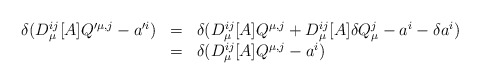
\begin{align*}\begin{array}{rll}\delta (D_{\mu}^{ij}[A]Q'^{\mu,j}-a'^i)&=&\delta (D_{\mu}^{ij}[A]Q^{\mu,j}+D_{\mu}^{ij}[A]\delta Q_{\mu}^j-a^i-\delta a^i)\\&=&\delta (D_{\mu}^{ij}[A]Q^{\mu,j}-a^i)\end{array}\end{align*}